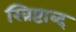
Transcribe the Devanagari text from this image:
ख्रिष्टाब्द